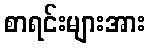
စာရင်းများအား